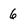
Character: 6